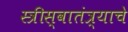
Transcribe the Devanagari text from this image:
स्त्रीस्वातंत्र्याचे